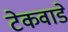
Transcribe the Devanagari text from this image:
टेकवाडे